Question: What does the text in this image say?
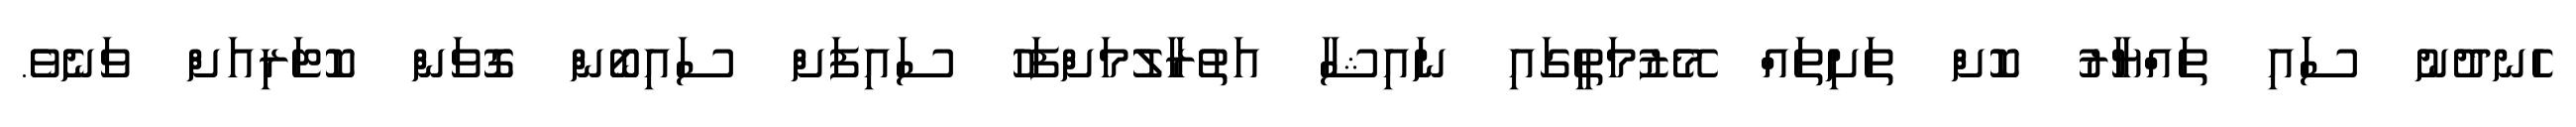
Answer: ހެނދުނު ސަައި ތައްޔާރު ކޮށް ތަށިތައް މޭޒުމަތީގައި ނައިޝާ އަތުރާލުމަށްފަހު ސައިފަށް ސައިބޯން ގޮވަން ކޮޓަރިއަށް ވަނެވެ.